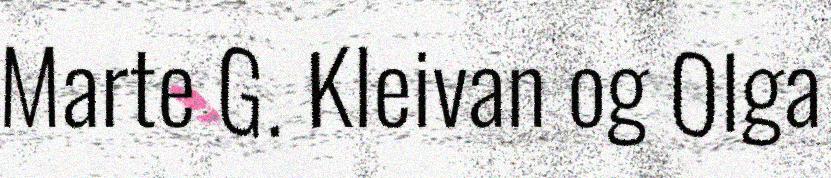
Marte G. Kleivan og Olga